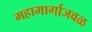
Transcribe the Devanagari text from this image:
महामार्गाजवळ